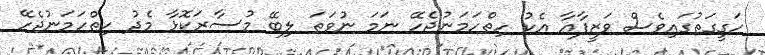
ހަގީގަތުގައިވެސް ވަޒީފާއާ އެކު ހިތްހަމަނުޖެހޭ ނަމަ ނުވަތަ ލިބޭ މުސާރަކޮޅާ މެދު ހިތްހަމަނުޖެހޭ